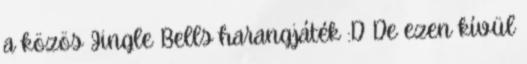
a közös Jingle Bells harangjáték :D De ezen kívül